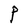
Character: P